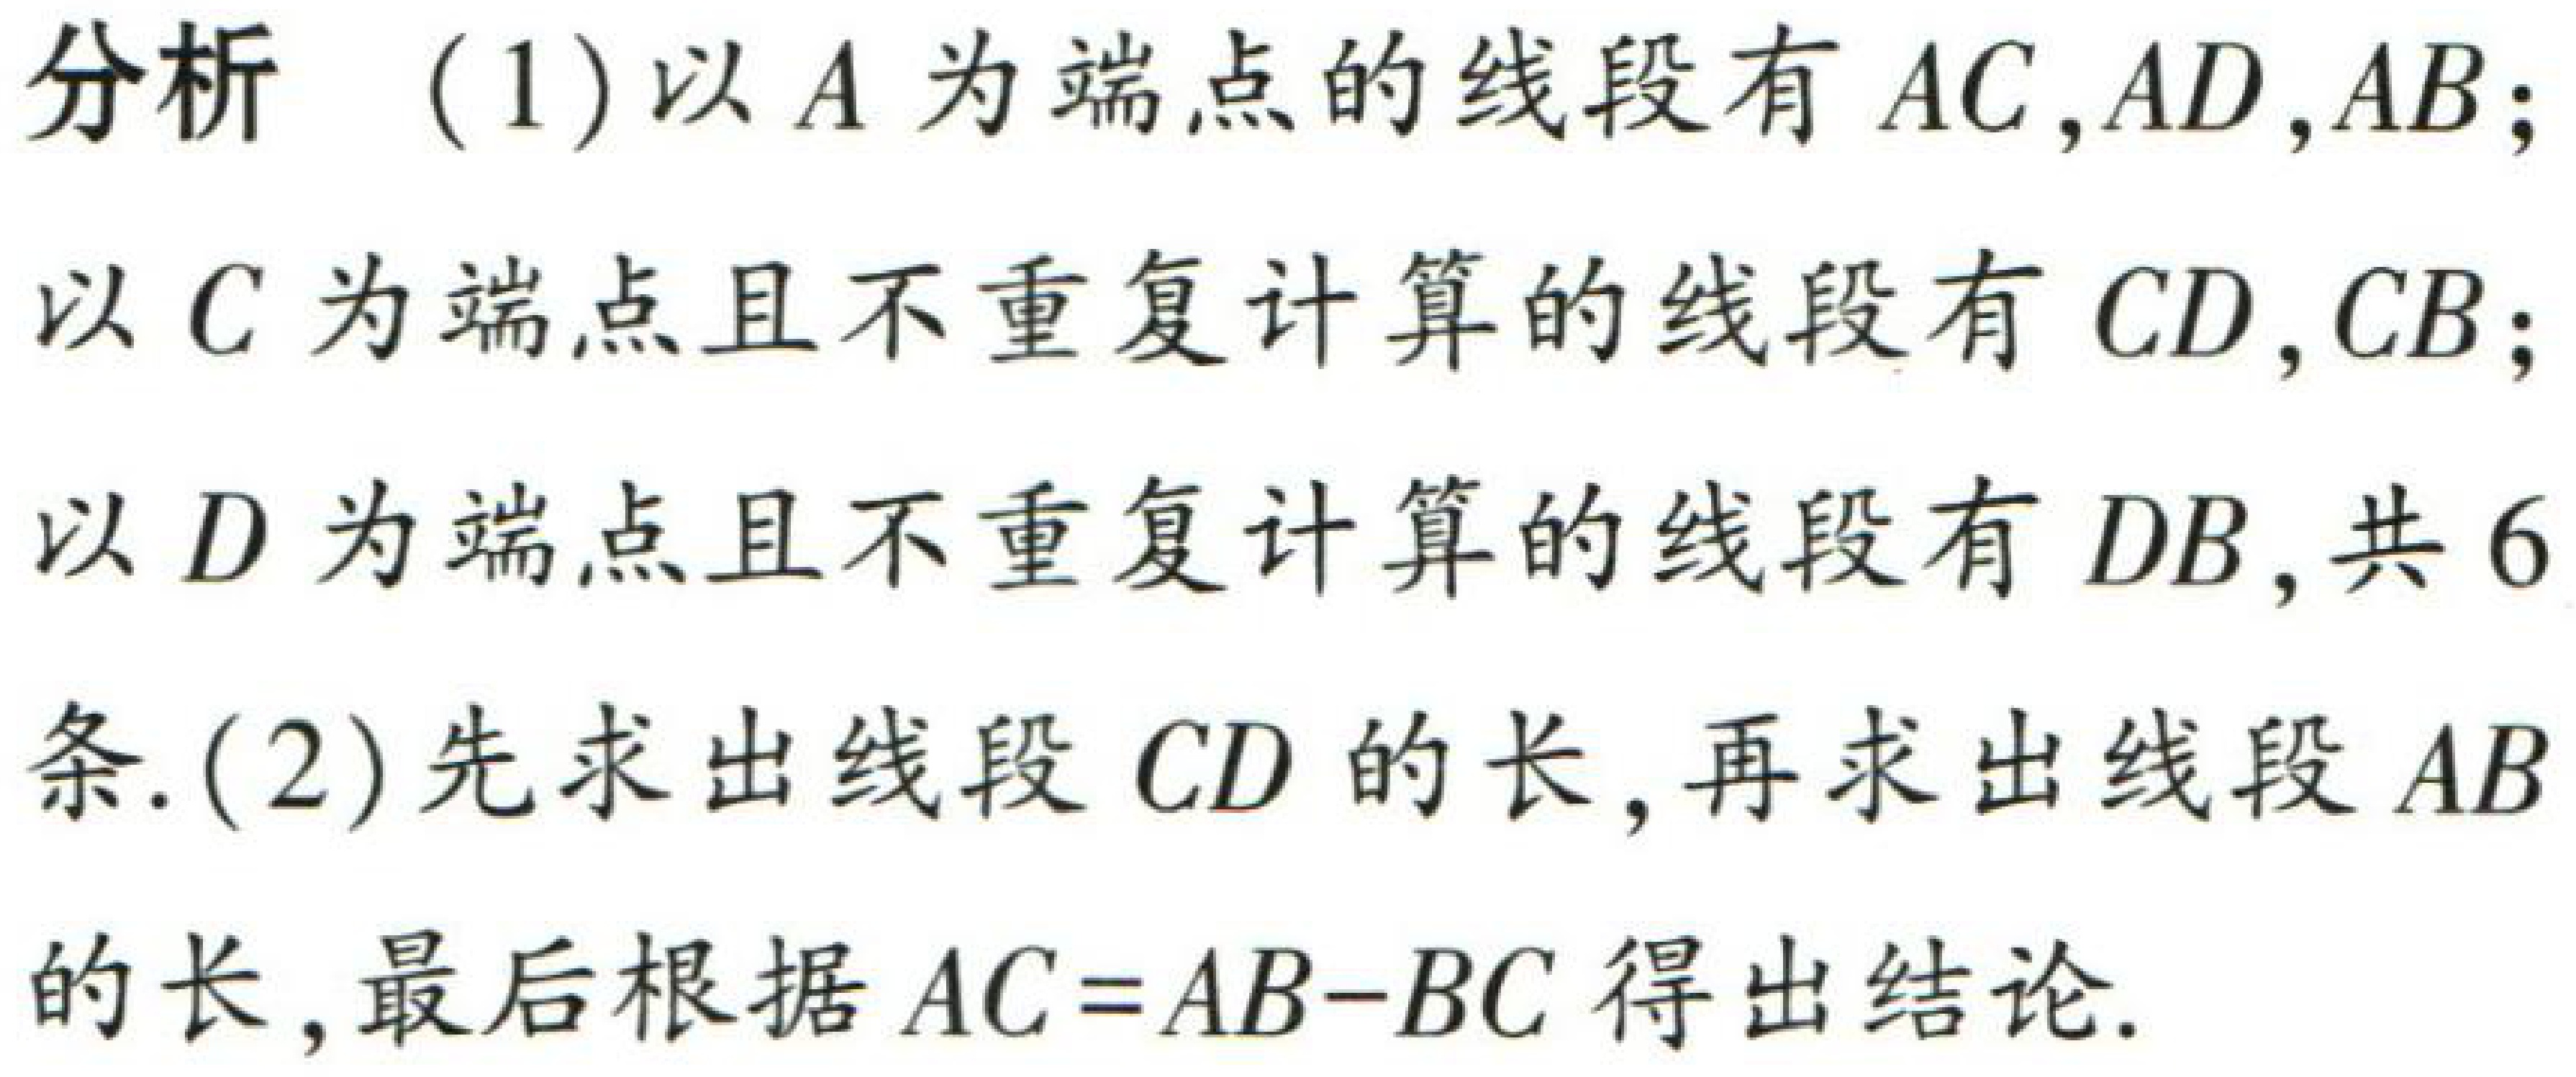
分析（1）以\(A\)为端点的线段有\(AC,AD,AB\)；

以\(C\)为端点且不重复计算的线段有\(CD,CB\)；

以\(D\)为端点且不重复计算的线段有\(DB\),共\(6\)

条.（2）先求出线段\(CD\)的长,再求出线段\(AB\)

的长,最后根据\(AC = AB - BC\)得出结论.